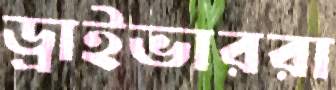
ড্রাইভাররা